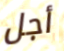
أجل